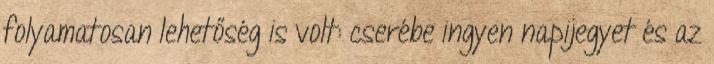
folyamatosan lehetőség is volt: cserébe ingyen napijegyet és az